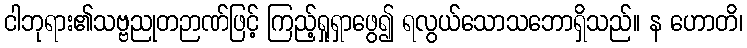
ငါဘုရား၏သဗ္ဗညုတဉာဏ်ဖြင့် ကြည့်ရှုရှာဖွေ၍ ရလွယ်သောသဘောရှိသည်။ န ဟောတိ၊